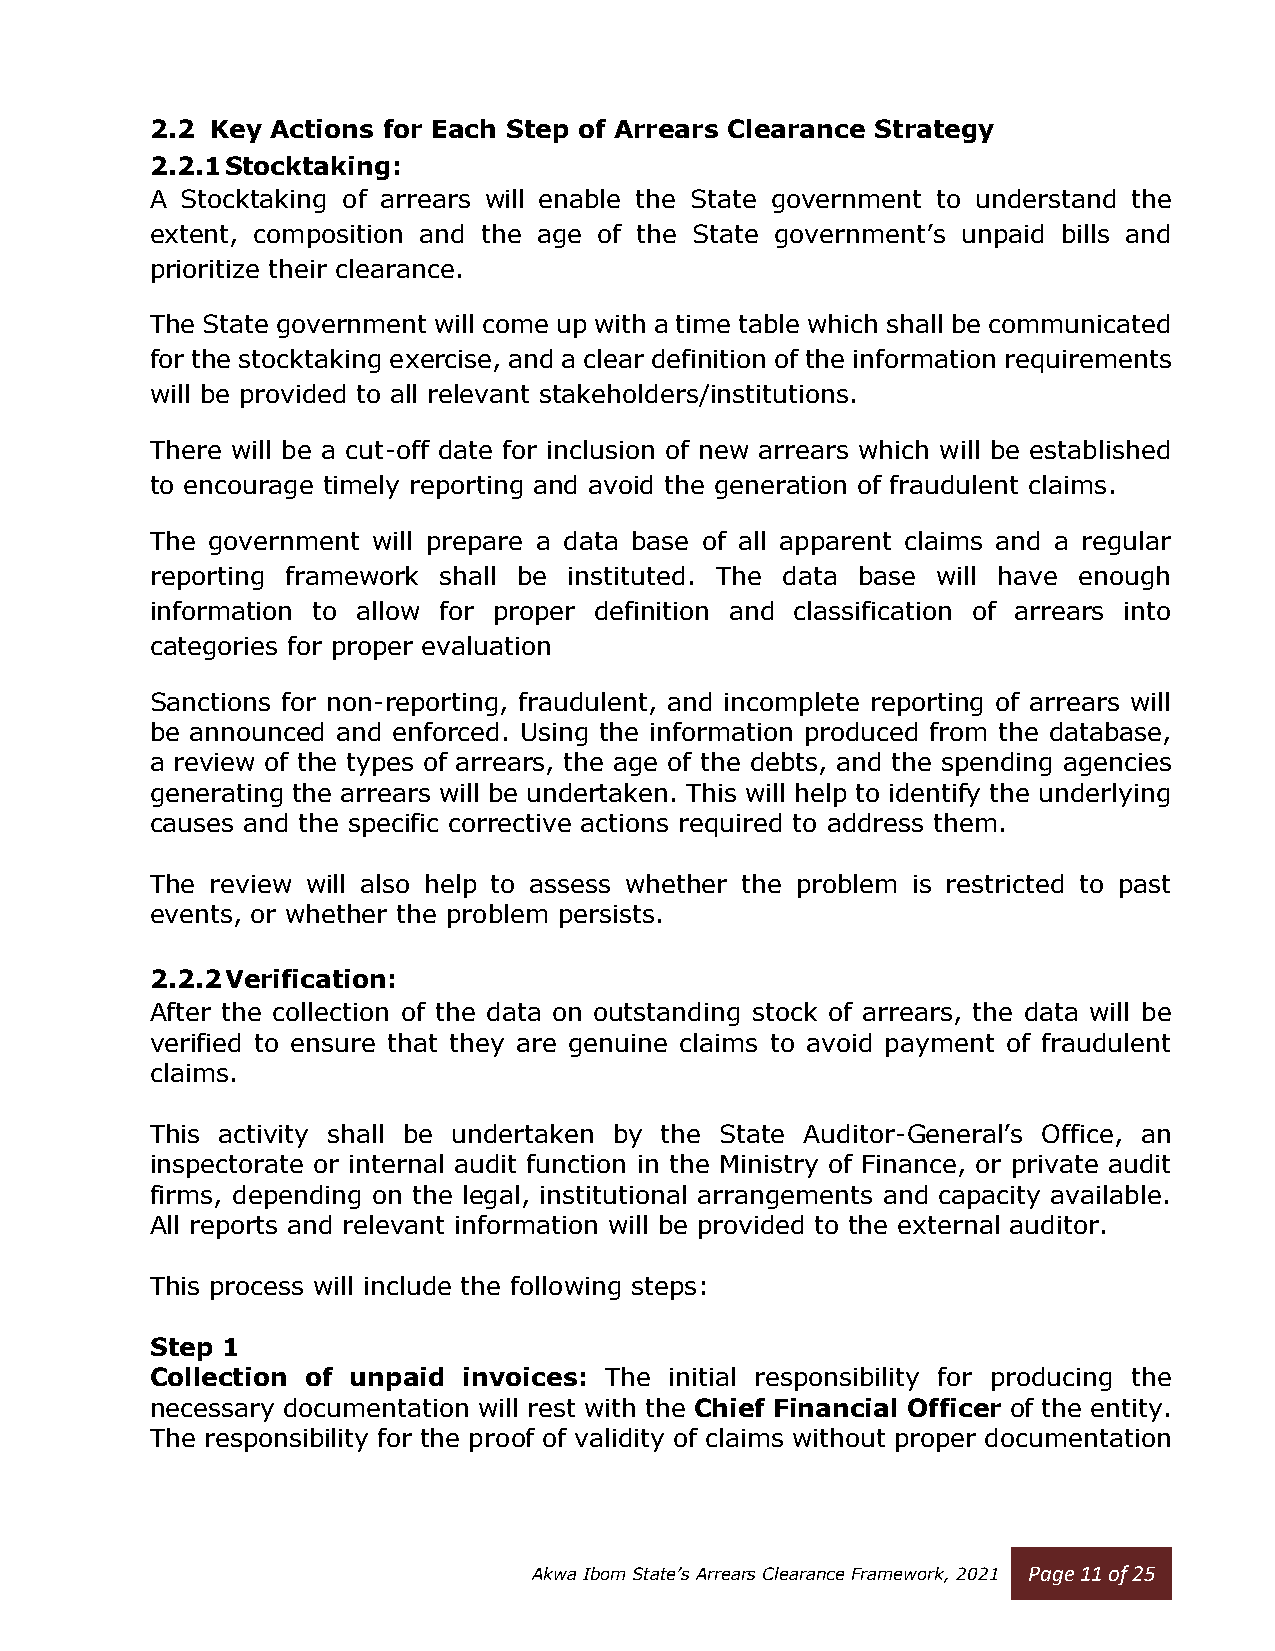
2.2 Key Actions for Each Step of Arrears Clearance Strategy
 2.2.1 Stocktaking:
 A Stocktaking of arrears will enable the State government to understand the
 extent, composition and the age of the State government’s unpaid bills and
 prioritize their clearance.
 The State government will come up with a time table which shall be communicated
 for the stocktaking exercise, and a clear definition of the information requirements
 will be provided to all relevant stakeholders/institutions.
 There will be a cut-off date for inclusion of new arrears which will be established
 to encourage timely reporting and avoid the generation of fraudulent claims.
 The government will prepare a data base of all apparent claims and a regular
 reporting framework shall be instituted. The data base will have enough
 information to allow for proper definition and classification of arrears into
 categories for proper evaluation
 Sanctions for non-reporting, fraudulent, and incomplete reporting of arrears will
 be announced and enforced. Using the information produced from the database,
 a review of the types of arrears, the age of the debts, and the spending agencies
 generating the arrears will be undertaken. This will help to identify the underlying
 causes and the specific corrective actions required to address them.
 The review will also help to assess whether the problem is restricted to past
 events, or whether the problem persists.
 2.2.2 Verification:
 After the collection of the data on outstanding stock of arrears, the data will be
 verified to ensure that they are genuine claims to avoid payment of fraudulent
 claims.
 This activity shall be undertaken by the State Auditor-General’s Office, an
 inspectorate or internal audit function in the Ministry of Finance, or private audit
 firms, depending on the legal, institutional arrangements and capacity available.
 All reports and relevant information will be provided to the external auditor.
 This process will include the following steps:
 Step 1
 Collection of unpaid invoices: The initial responsibility for producing the
 necessary documentation will rest with the Chief Financial Officer of the entity.
 The responsibility for the proof of validity of claims without proper documentation
 Akwa Ibom State’s Arrears Clearance Framework, 2021 Page 11 of 25